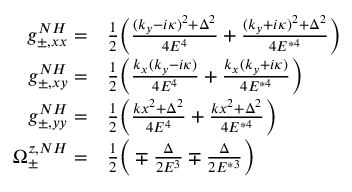
\begin{array} { r l } { g _ { \pm , x x } ^ { N H } = } & { \frac { 1 } { 2 } \bigg ( \frac { ( k _ { y } - i \kappa ) ^ { 2 } + \Delta ^ { 2 } } { 4 E ^ { 4 } } + \frac { ( k _ { y } + i \kappa ) ^ { 2 } + \Delta ^ { 2 } } { 4 E ^ { * 4 } } \bigg ) } \\ { g _ { \pm , x y } ^ { N H } = } & { \frac { 1 } { 2 } \bigg ( \frac { k _ { x } ( k _ { y } - i \kappa ) } { 4 E ^ { 4 } } + \frac { k _ { x } ( k _ { y } + i \kappa ) } { 4 E ^ { * 4 } } \bigg ) } \\ { g _ { \pm , y y } ^ { N H } = } & { \frac { 1 } { 2 } \bigg ( \frac { k x ^ { 2 } + \Delta ^ { 2 } } { 4 E ^ { 4 } } + \frac { k x ^ { 2 } + \Delta ^ { 2 } } { 4 E ^ { * 4 } } \bigg ) } \\ { \Omega _ { \pm } ^ { z , N H } = } & { \frac { 1 } { 2 } \bigg ( \mp \frac { \Delta } { 2 E ^ { 3 } } \mp \frac { \Delta } { 2 E ^ { * 3 } } \bigg ) } \end{array}